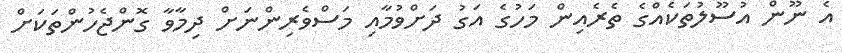
އެ ނޫން އުސޫލުތަކެއްގެ ތެރެއިން މަހުގެ އަގު ދަށްވުމާއި މަސްވެރިންނަށް ދިމާވާ ގޮންޖެހުންތަކަށް